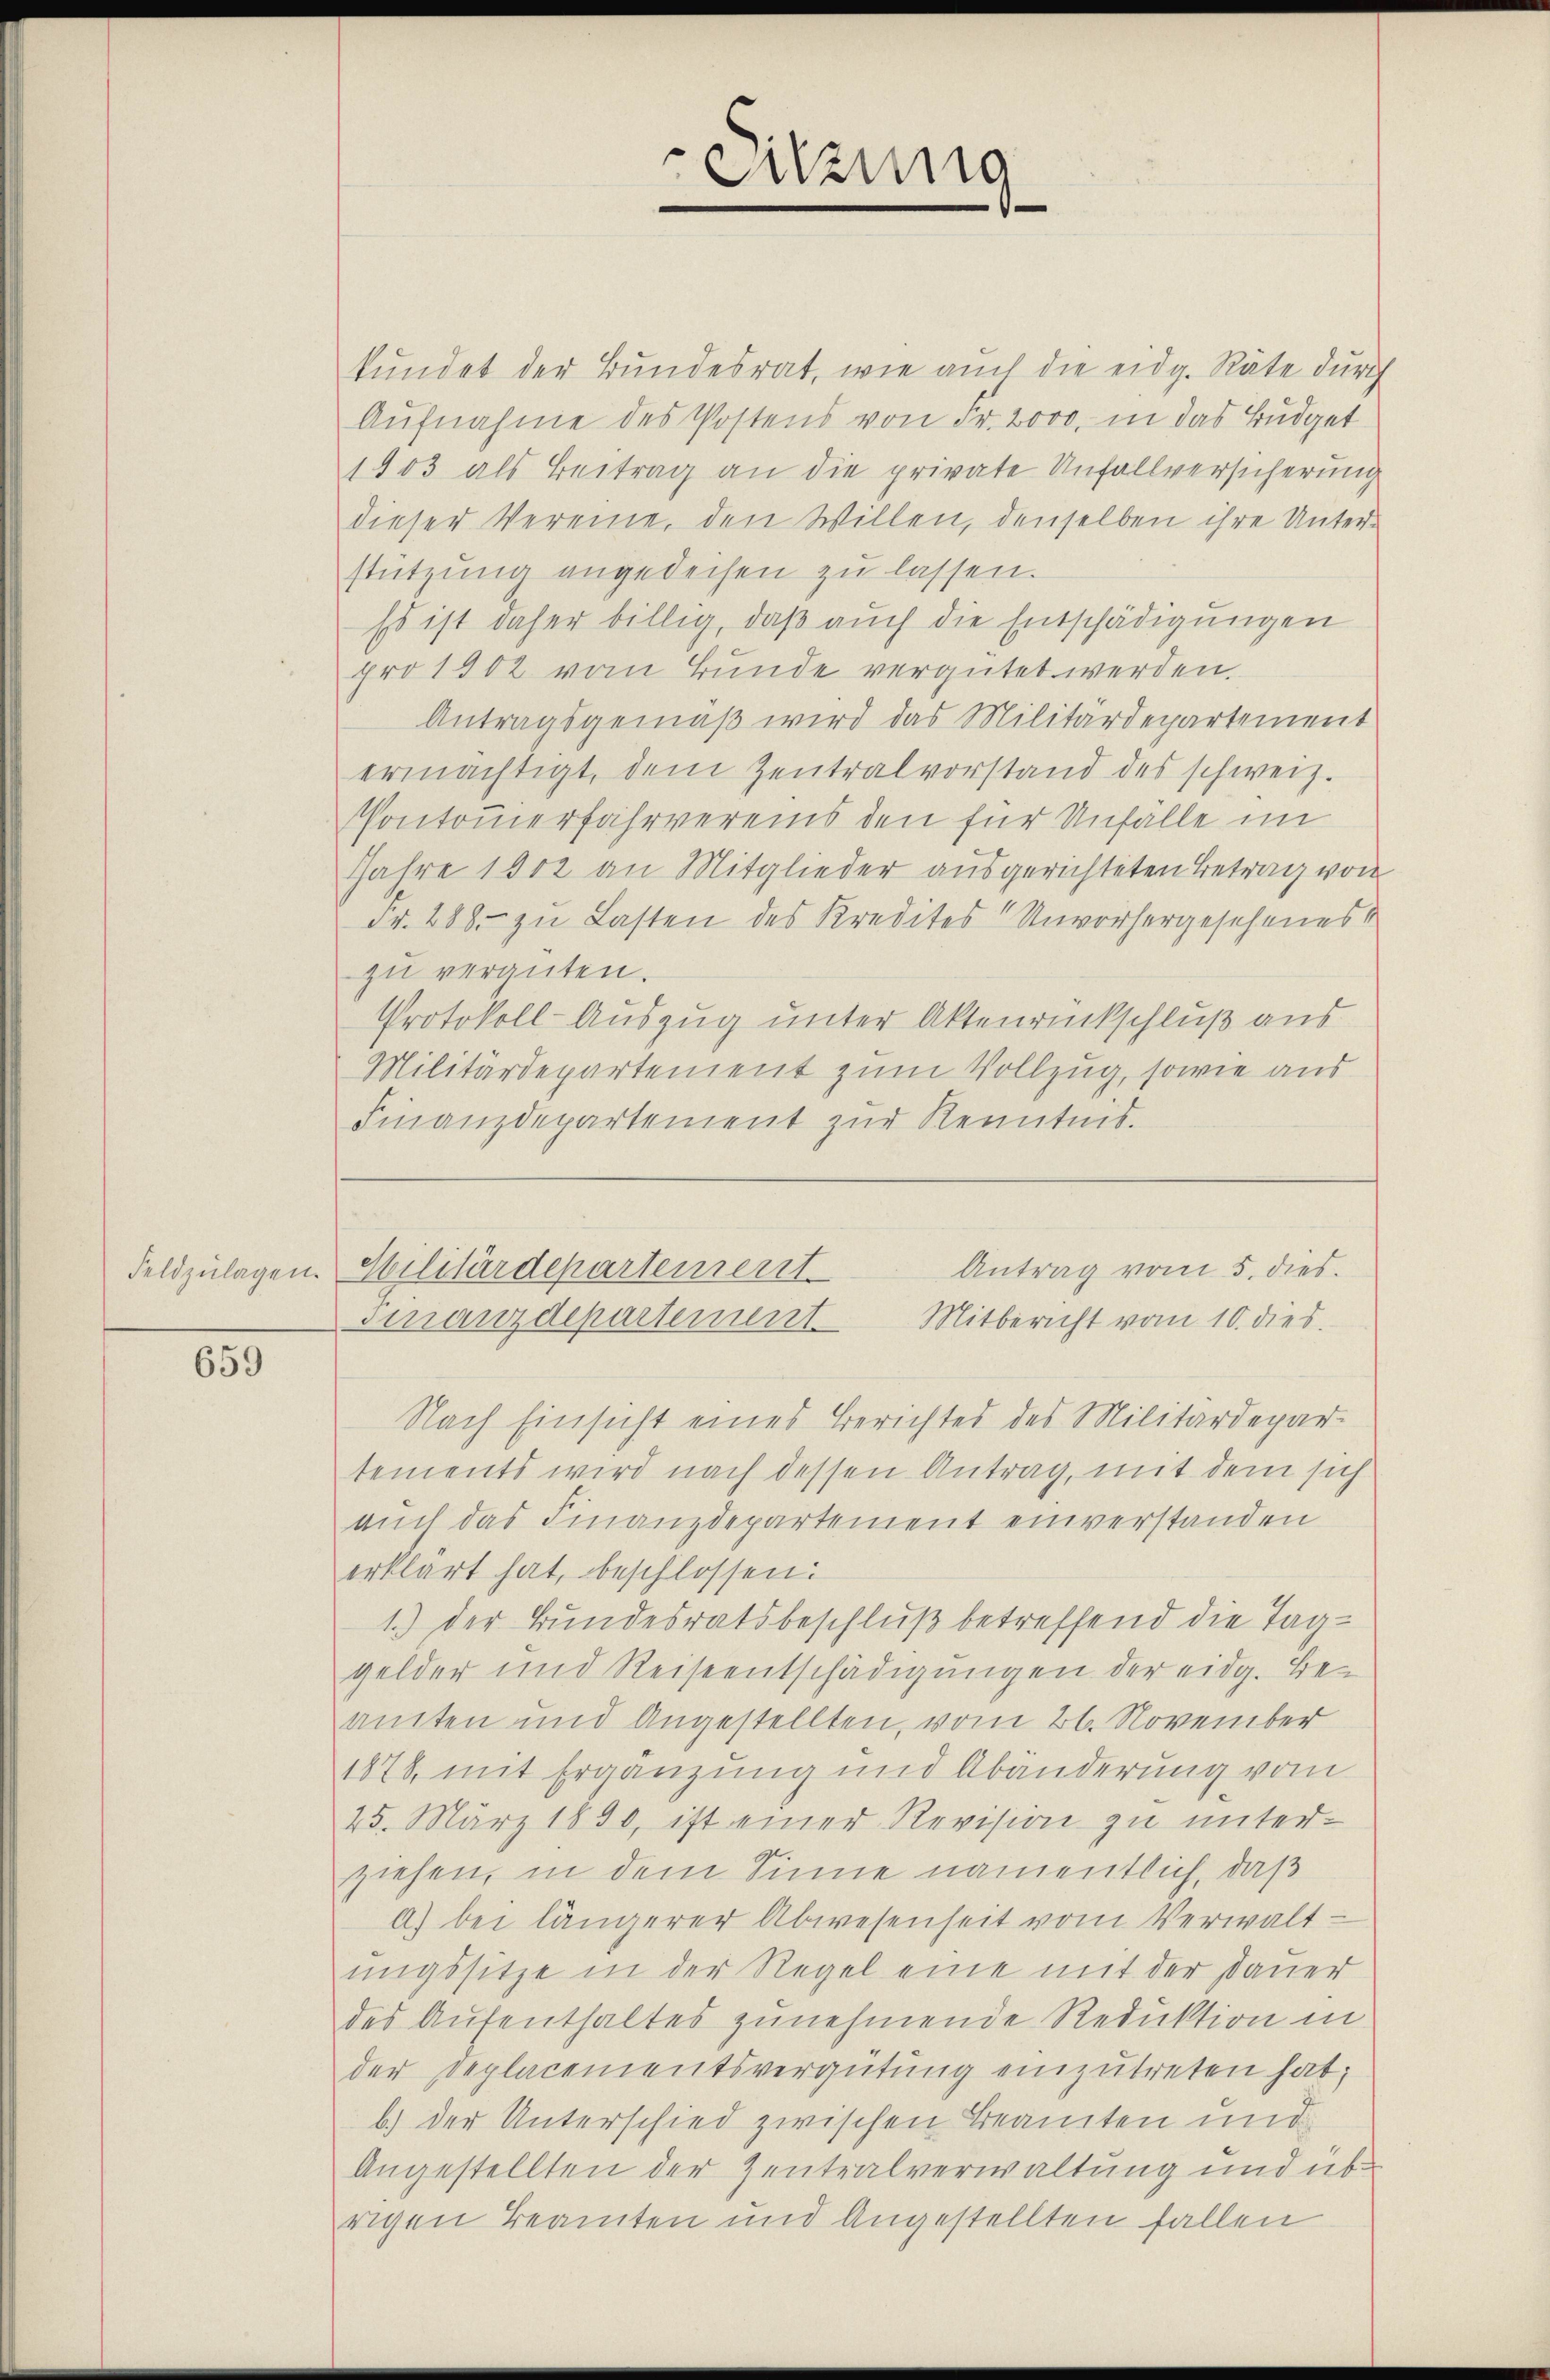
659

kundet der Bundesrat, wie auch die eidg. Räte durch
Aŭfnahme des Postens von Fr. 2000, in das Budget
1803 als Beitrag an die private Unfallversicherung
dieser Vereine, den Willen, denselben ihre Unterstützŭng angedeihen zŭ lassen.
Es ist daher billig, daß auch die Entschädigungen
pro 1902 vom Bunde vergütet werden.
Antragsgemäß wird das Militärdepartement
ermächtigt, dem Zentralvorstand des schweiz.
Pontomierfahrvereins den für Unfälle im
Jahre 1812 an Mitglieder ausgerichteten Betrag von
Fr. 288. zu Lasten des Kredites Unvorhergesehenes
zu vergüten.
Protokoll-Auszug unter Aktenrückschluß aus
Militärdepartement zum Vollzug, sowie aus
Antrag vom 5. dies
Feldzulagen. Militärdepartement
Finanzdepartement Mitbericht vom 10. dies
Nach Einsicht eines Berichtes des Militärdepar-
tements wird nach dessen Antrag, mit dem sich
auch das Finanzdepartement einverstanden
erklärt hat, beschlossen:
1.) Der Bundesratsbeschluß betreffend die Taggelder und Reiseentschädigungen der eidg. Be-
amten und Angestellten, vom 26. November
1878, mit Ergänzung und Abänderung vom
25. März 1890, ist einer Revision zu unter-
ziehen, in dem Sinne namentlich, daß
a) bei längerer Abwesenheit vom Verwaltungssitze in der Regel eine mit der Dauer
des Aufenthaltes zunehmende Reduktion in
der Deplacementsvergütŭng einzŭtreten hat;
b.) der Unterschied zwischen Beamten und
Angestellten der Zentralverwaltung und üb
rigen Beamten und Angestellten fallen

Finanzdepartement zur Kenntnis.

eizung